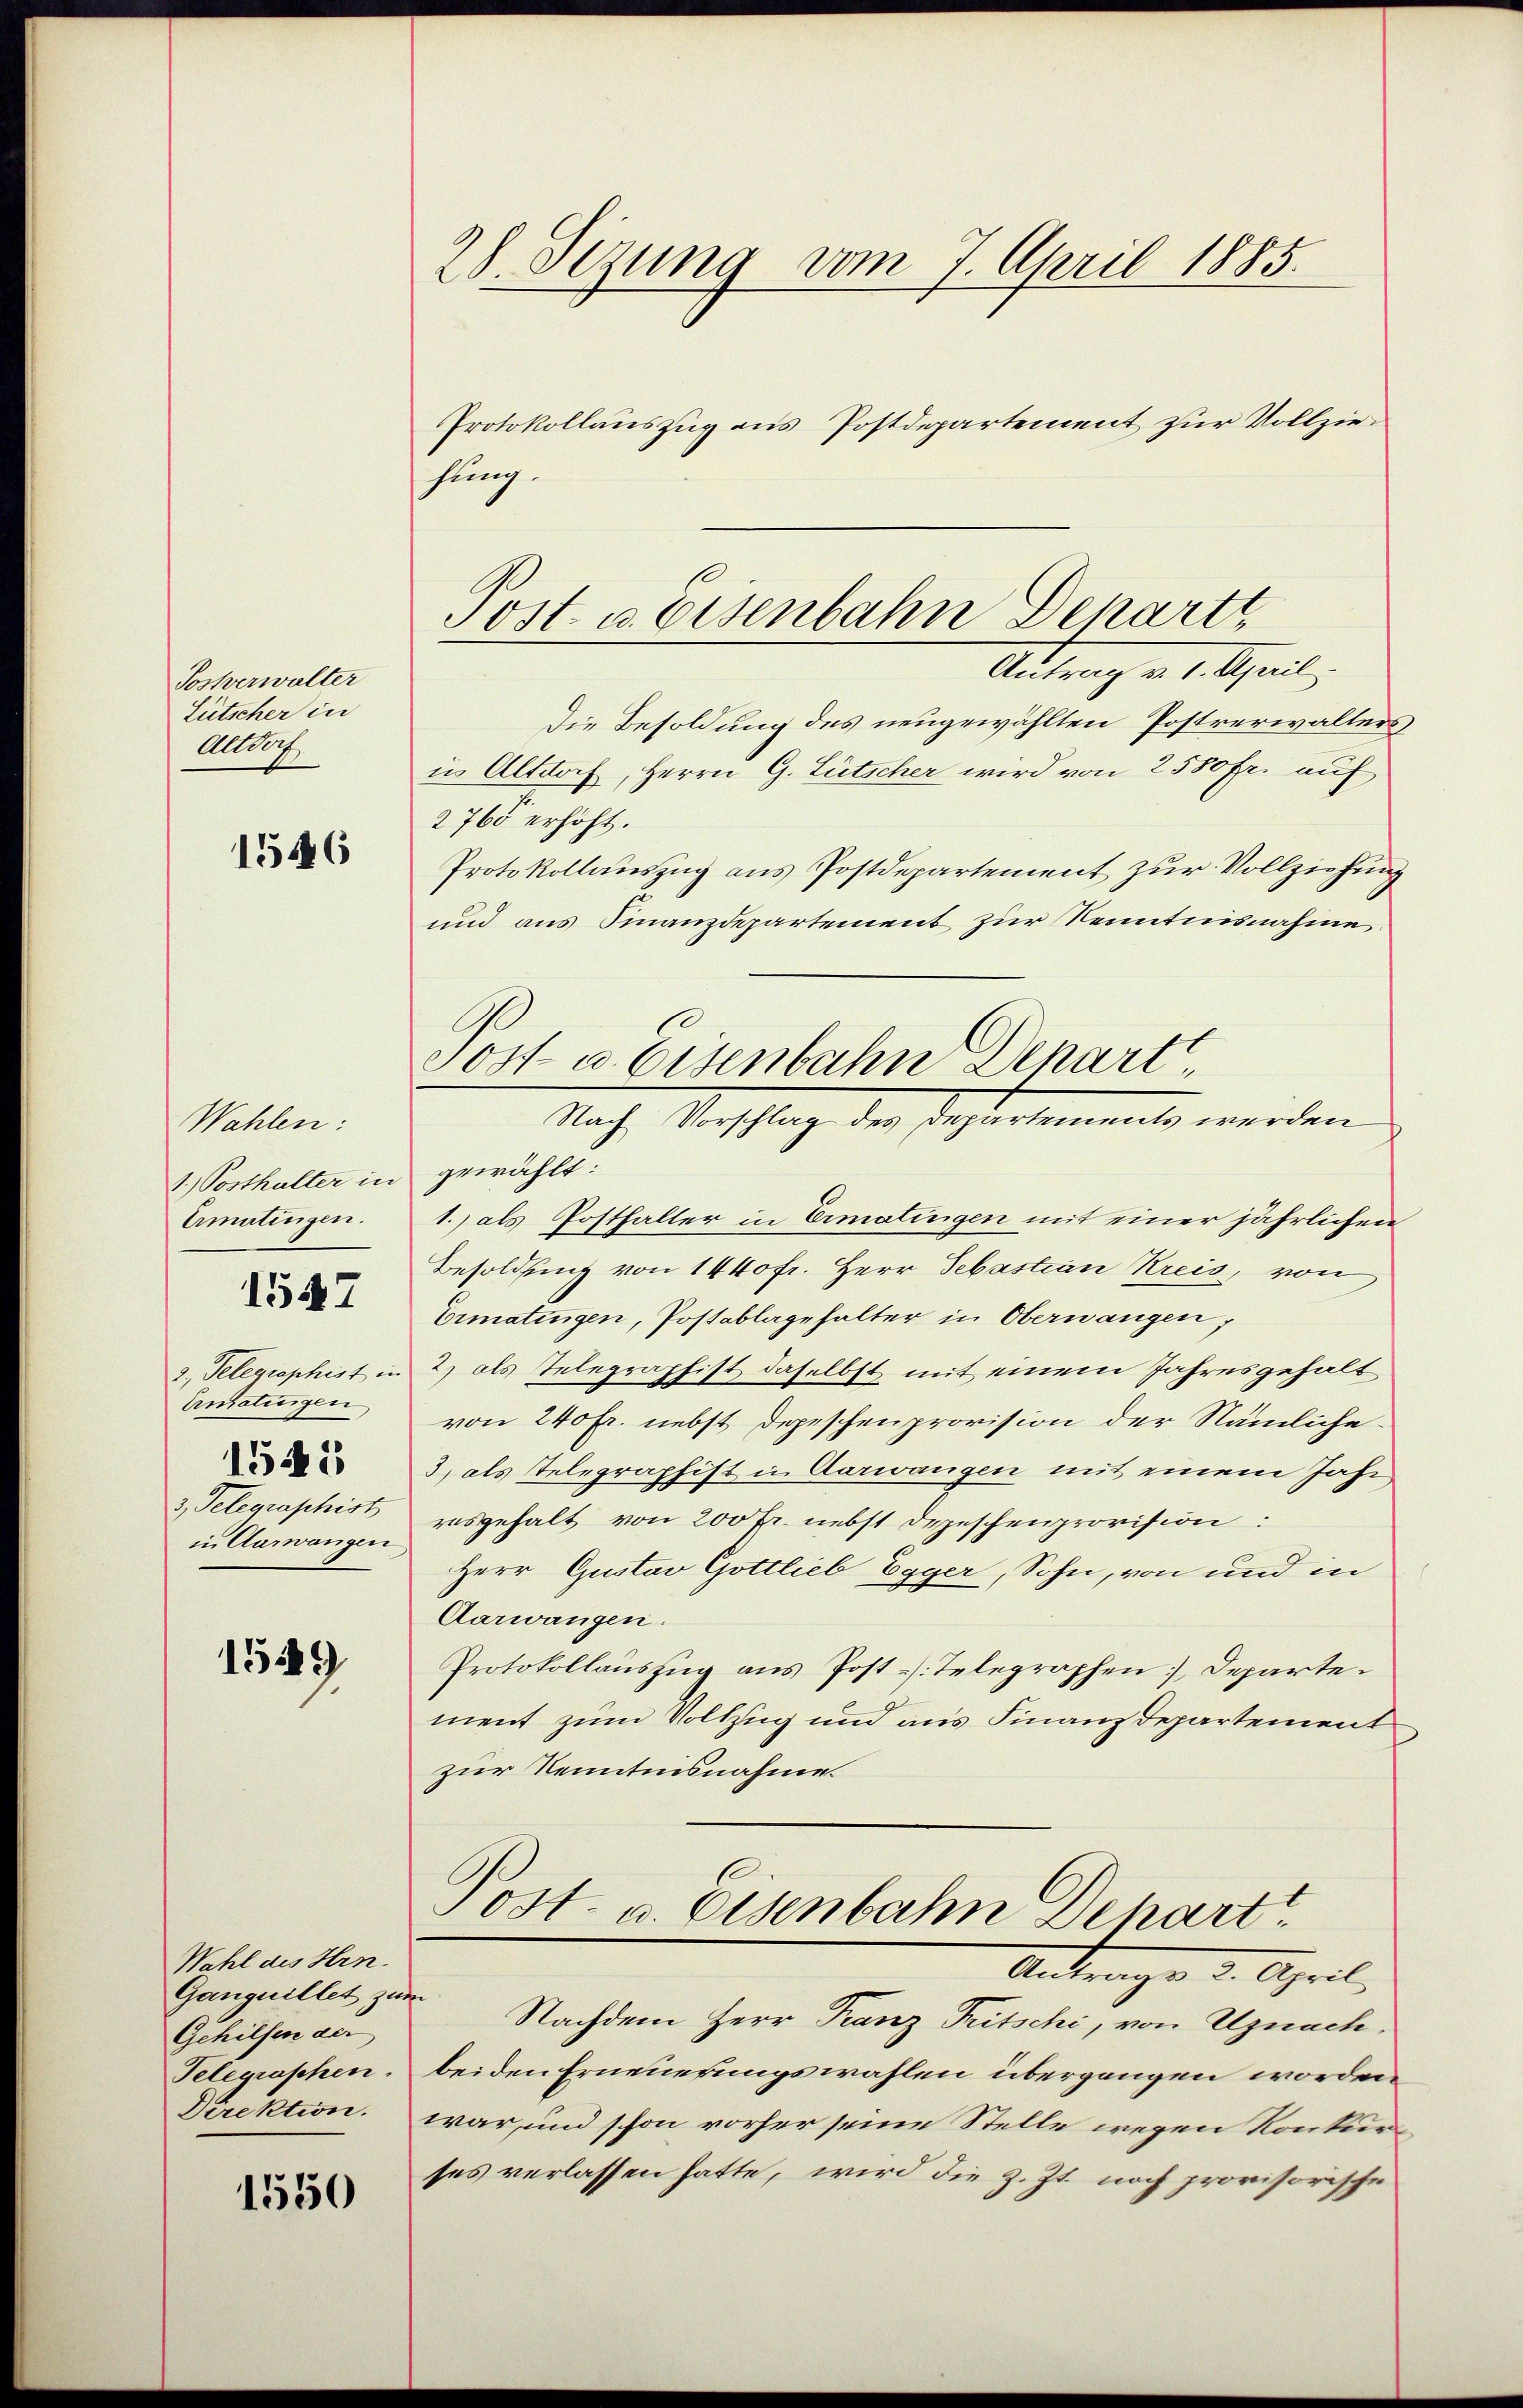
Sostverwalter
Lütscher in
Altdorf

1546

Wahlen:
1.) Posthalter in
Ermatingen.

1547

2, Telegraphist in
Ansatzigen
3, Telegraphist
in Aarwangen

1545

1529

Wahl des Hrn.
Ganquillet zum
Gehilfen der
Telegraphen.
Direktion.

1550

28 Sezung vom 7. April 1885.

Protokollauszug aus Postdepartement zur Vollziehung.

Post- u. Eisenbahn Departt
Antrag v. 1. April,

Jost u. Eisenbahn Depart
Nach Vorschlag des Departements werden

Die Besoldung des neugewählten Postrerwaltersin Altdoch, Herrn G. Lütscher wird von 2500 fr. auf
2765 erhöht.
Protokollauszug aus Postdepartement zur Vollziehung
und aus Finanzdepartement zur Kenntnisnahme
gewählt:
1.) als Posthalter in Ermatingen mit einer jährlichen
Besoldung von 1440 fr. Herr Sebastian Kreis, von
Ermatingen, Postablagehalter in Oberwangen,
2) als Telegraphist daselbst mit einem Jahresgehalt
von 240 fr. nebst Depeschenprovision der Nämliche
3) als Telegraphist in Aarwangen mit einem Jahr
ausgehalt von 200 Fr. nebst Depeschenprovision:
Herr Gustav Gottlieb Egger, Sohn, von und in
Aarwangen.
Protokollaŭszŭg ans Post. Telegraphen Departement zum Vollzug und aus Finanzdepartement
zur Kenntnisnahme.
Post- u. Eisenbahn Dehart
Antrags 2. April
Nachdem Herr Franz Tritschi, von Uznach.
beiden Erneuerungswahlen übergangen worden
war, und schon vorher seine Stelle wegen Konkurses verlassen hatte, wird die z. Zt. noch provisorische